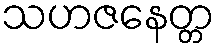
သဟဇနေတ္တ